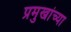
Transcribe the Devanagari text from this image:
प्रमुखांच्या